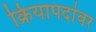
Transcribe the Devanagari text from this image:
क्रियापदांवर